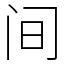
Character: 间